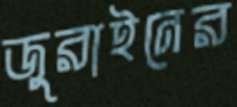
জুরাইনের